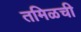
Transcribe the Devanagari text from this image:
तमिळची